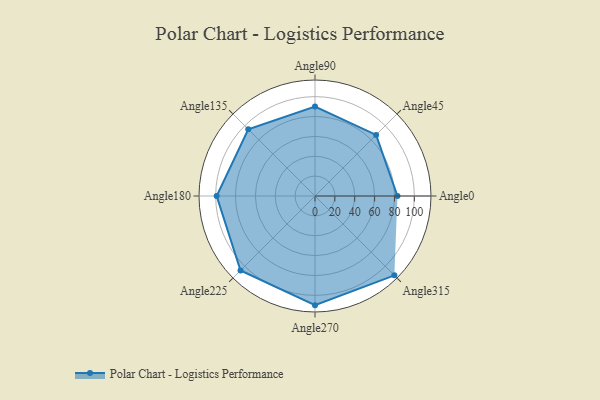
{"axis": {"x": "Angle", "y": "Radius"}, "legend": [""], "data": [{"x": "Angle0", "y": 83.0, "type": ""}, {"x": "Angle45", "y": 87.0, "type": ""}, {"x": "Angle90", "y": 90.0, "type": ""}, {"x": "Angle135", "y": 95.0, "type": ""}, {"x": "Angle180", "y": 99.0, "type": ""}, {"x": "Angle225", "y": 106.0, "type": ""}, {"x": "Angle270", "y": 110.0, "type": ""}, {"x": "Angle315", "y": 113.0, "type": ""}]}